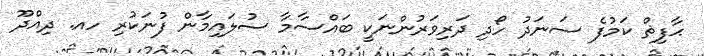
ޙާފިޡް ކަމުފެ ސަނަދު ހޯދި ދަރިވަރުންނަކީ ބައްސާމާ ސުލައިމާން ފުނަކުރި ހއ. ދިއްދޫ